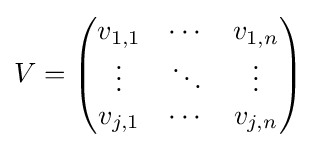
V={\begin{pmatrix}v_{1,1}&\cdots &v_{1,n}\\\vdots &\ddots &\vdots \\v_{j,1}&\cdots &v_{j,n}\end{pmatrix}}